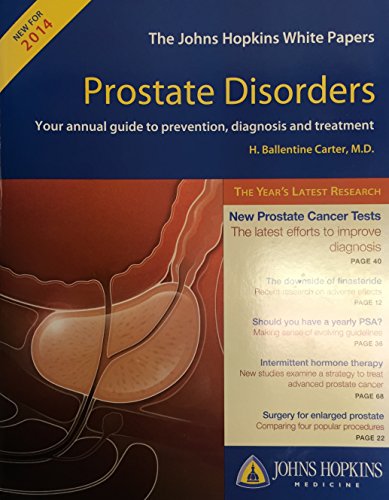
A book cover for Prostate Disorders (Johns Hopkins White Papers); Johns Hopkins Medical Institutions; Health, Fitness & Dieting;